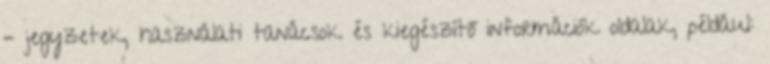
– jegyzetek, használati tanácsok és kiegészítő információk oldalak, például: